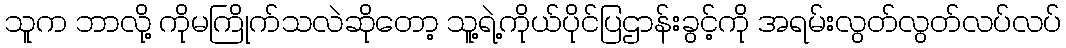
သူက ဘာလို့ ကိုမကြိုက်သလဲဆိုတော့ သူ့ရဲ့ကိုယ်ပိုင်ပြဌာန်းခွင့်ကို အရမ်းလွတ်လွတ်လပ်လပ်